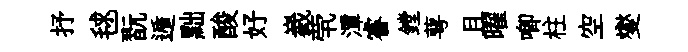
抒毬翫遁黜酸好嶻茕潭睿鏜萼且曜唧柱空燮